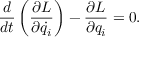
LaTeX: { \frac { d } { d t } } \left( { \frac { \partial L } { \partial { \dot { q } } _ { i } } } \right) - { \frac { \partial L } { \partial q _ { i } } } = 0 .